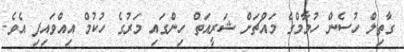
ގާތިލް ހުސެން ހުމާމްގެ މައްޗަށް ޝަރީއަތް ހިންގައި މަރުގެ ހުކުމް އިއްވައިފި އެވެ.